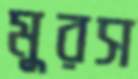
মুরস